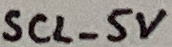
Text: SCL_5V